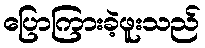
ပြောကြားခဲ့ဖူးသည်